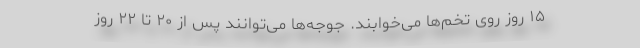
۱۵ روز روی تخم‌ها می‌خوابند. جوجه‌ها می‌توانند پس از ۲۰ تا ۲۲ روز